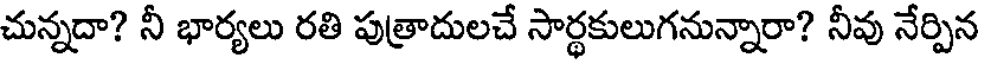
చున్నదా? నీ భార్యలు రతి పుత్రాదులచే సార్థకులుగనున్నారా? నీవు నేర్పిన